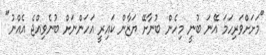
"މަށަށްވަރިހަމަ އޭނަ ބުނީ މިހެން ބުނާށޭ ޔަޒާން ކައިރީ އަހަންނަށް ބުނެވިއްޖެ އެއްނު"